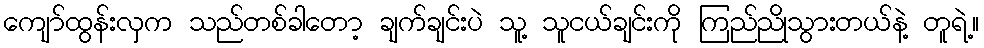
ကျော်ထွန်းလှက သည်တစ်ခါတော့ ချက်ချင်းပဲ သူ့ သူငယ်ချင်းကို ကြည်ညိုသွားတယ်နဲ့ တူရဲ့။